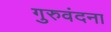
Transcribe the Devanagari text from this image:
गुरुवंदना